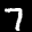
Label: 7